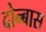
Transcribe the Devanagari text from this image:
दोन्बास